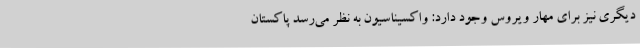
دیگری نیز برای مهار ویروس وجود دارد: واکسیناسیون به نظر می‌رسد پاکستان